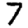
Digit: 7